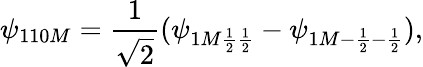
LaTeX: \psi_{110M}={\frac{1}{\sqrt{2}}}(\psi_{1M{\frac{1}{2}}{\frac{1}{2}}}-\psi_{1M-{\frac{1}{2}}-{\frac{1}{2}}}),